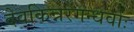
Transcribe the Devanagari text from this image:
देवकिन्नरगन्धर्वाः